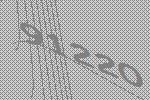
91220